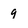
Character: 9